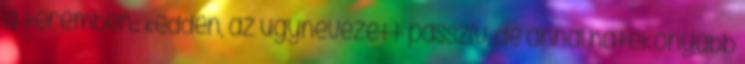
a teremben.: Kedden, az úgynevezett passzív, de annál hatékonyabb